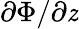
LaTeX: \partial\Phi/\partial{\mathit{z}}